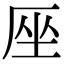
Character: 𠩜